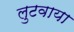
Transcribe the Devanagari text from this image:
लुटवाया